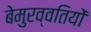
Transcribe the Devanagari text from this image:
बेमुरव्वतियों